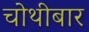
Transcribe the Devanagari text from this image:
चोथीबार